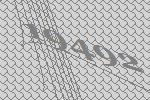
19492